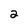
Character: 2